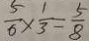
\frac { 5 } { 6 } \times \frac { 1 } { 3 } = \frac { 5 } { 8 }